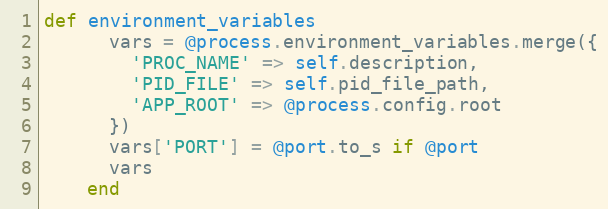
Language: Ruby
def environment_variables
      vars = @process.environment_variables.merge({
        'PROC_NAME' => self.description,
        'PID_FILE' => self.pid_file_path,
        'APP_ROOT' => @process.config.root
      })
      vars['PORT'] = @port.to_s if @port
      vars
    end